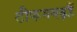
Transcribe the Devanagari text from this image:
टीकमगढ़हैं